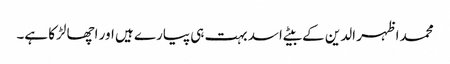
محمد اظہر الدین کے بیٹے اسد بہت ہی پیارے ہیں اور اچھا لڑکا ہے۔